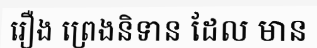
រឿង ព្រេងនិទាន ដែល មាន